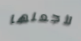
لأجعلها